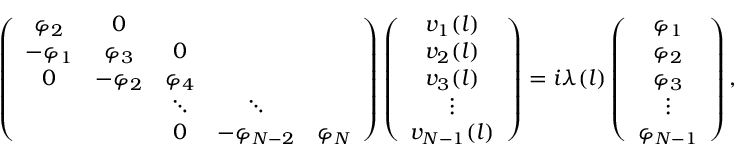
\left( \begin{array} { c c c c c } { \varphi _ { 2 } } & { 0 } & & & \\ { - \varphi _ { 1 } } & { \varphi _ { 3 } } & { 0 } & & \\ { 0 } & { - \varphi _ { 2 } } & { \varphi _ { 4 } } & & \\ & & { \ddots } & { \ddots } & \\ & & { 0 } & { - \varphi _ { N - 2 } } & { \varphi _ { N } } \end{array} \right) \left( \begin{array} { c } { v _ { 1 } ( l ) } \\ { v _ { 2 } ( l ) } \\ { v _ { 3 } ( l ) } \\ { \vdots } \\ { v _ { N - 1 } ( l ) } \end{array} \right) = i \lambda ( l ) \left( \begin{array} { c } { \varphi _ { 1 } } \\ { \varphi _ { 2 } } \\ { \varphi _ { 3 } } \\ { \vdots } \\ { \varphi _ { N - 1 } } \end{array} \right) ,